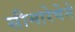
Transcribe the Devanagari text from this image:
सीमारेषेने